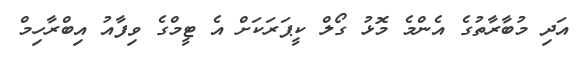
އަދި މުބާރާތުގެ އެންމެ މޮޅު ގޯލް ކީޕަރަކަށް އެ ޓީމްގެ ވިފާއު އިބްރާހިމް